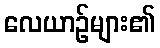
လေယာဉ်များ၏